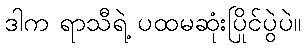
ဒါက ရာသီရဲ့ ပထမဆုံးပြိုင်ပွဲပဲ။